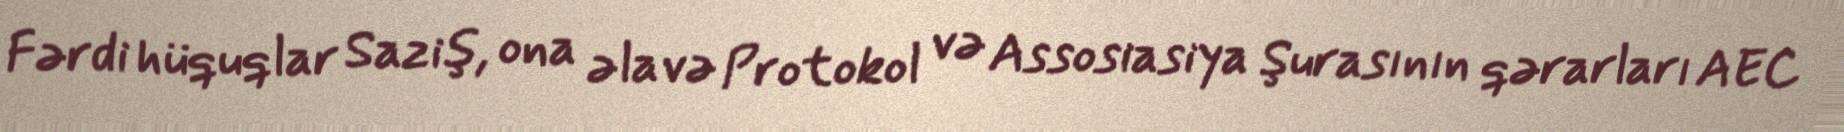
Fərdi hüquqlar Saziş, ona əlavə Protokol və Assosiasiya Şurasının qərarları AEC